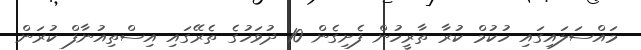
މައްސަލައިގައި ހުކުމް ކުރާ ތާރީހުން ފެށިގެން 10 ދުވަހުގެ ތެރޭގައި އިސްތިއުނާފް ކުރަން